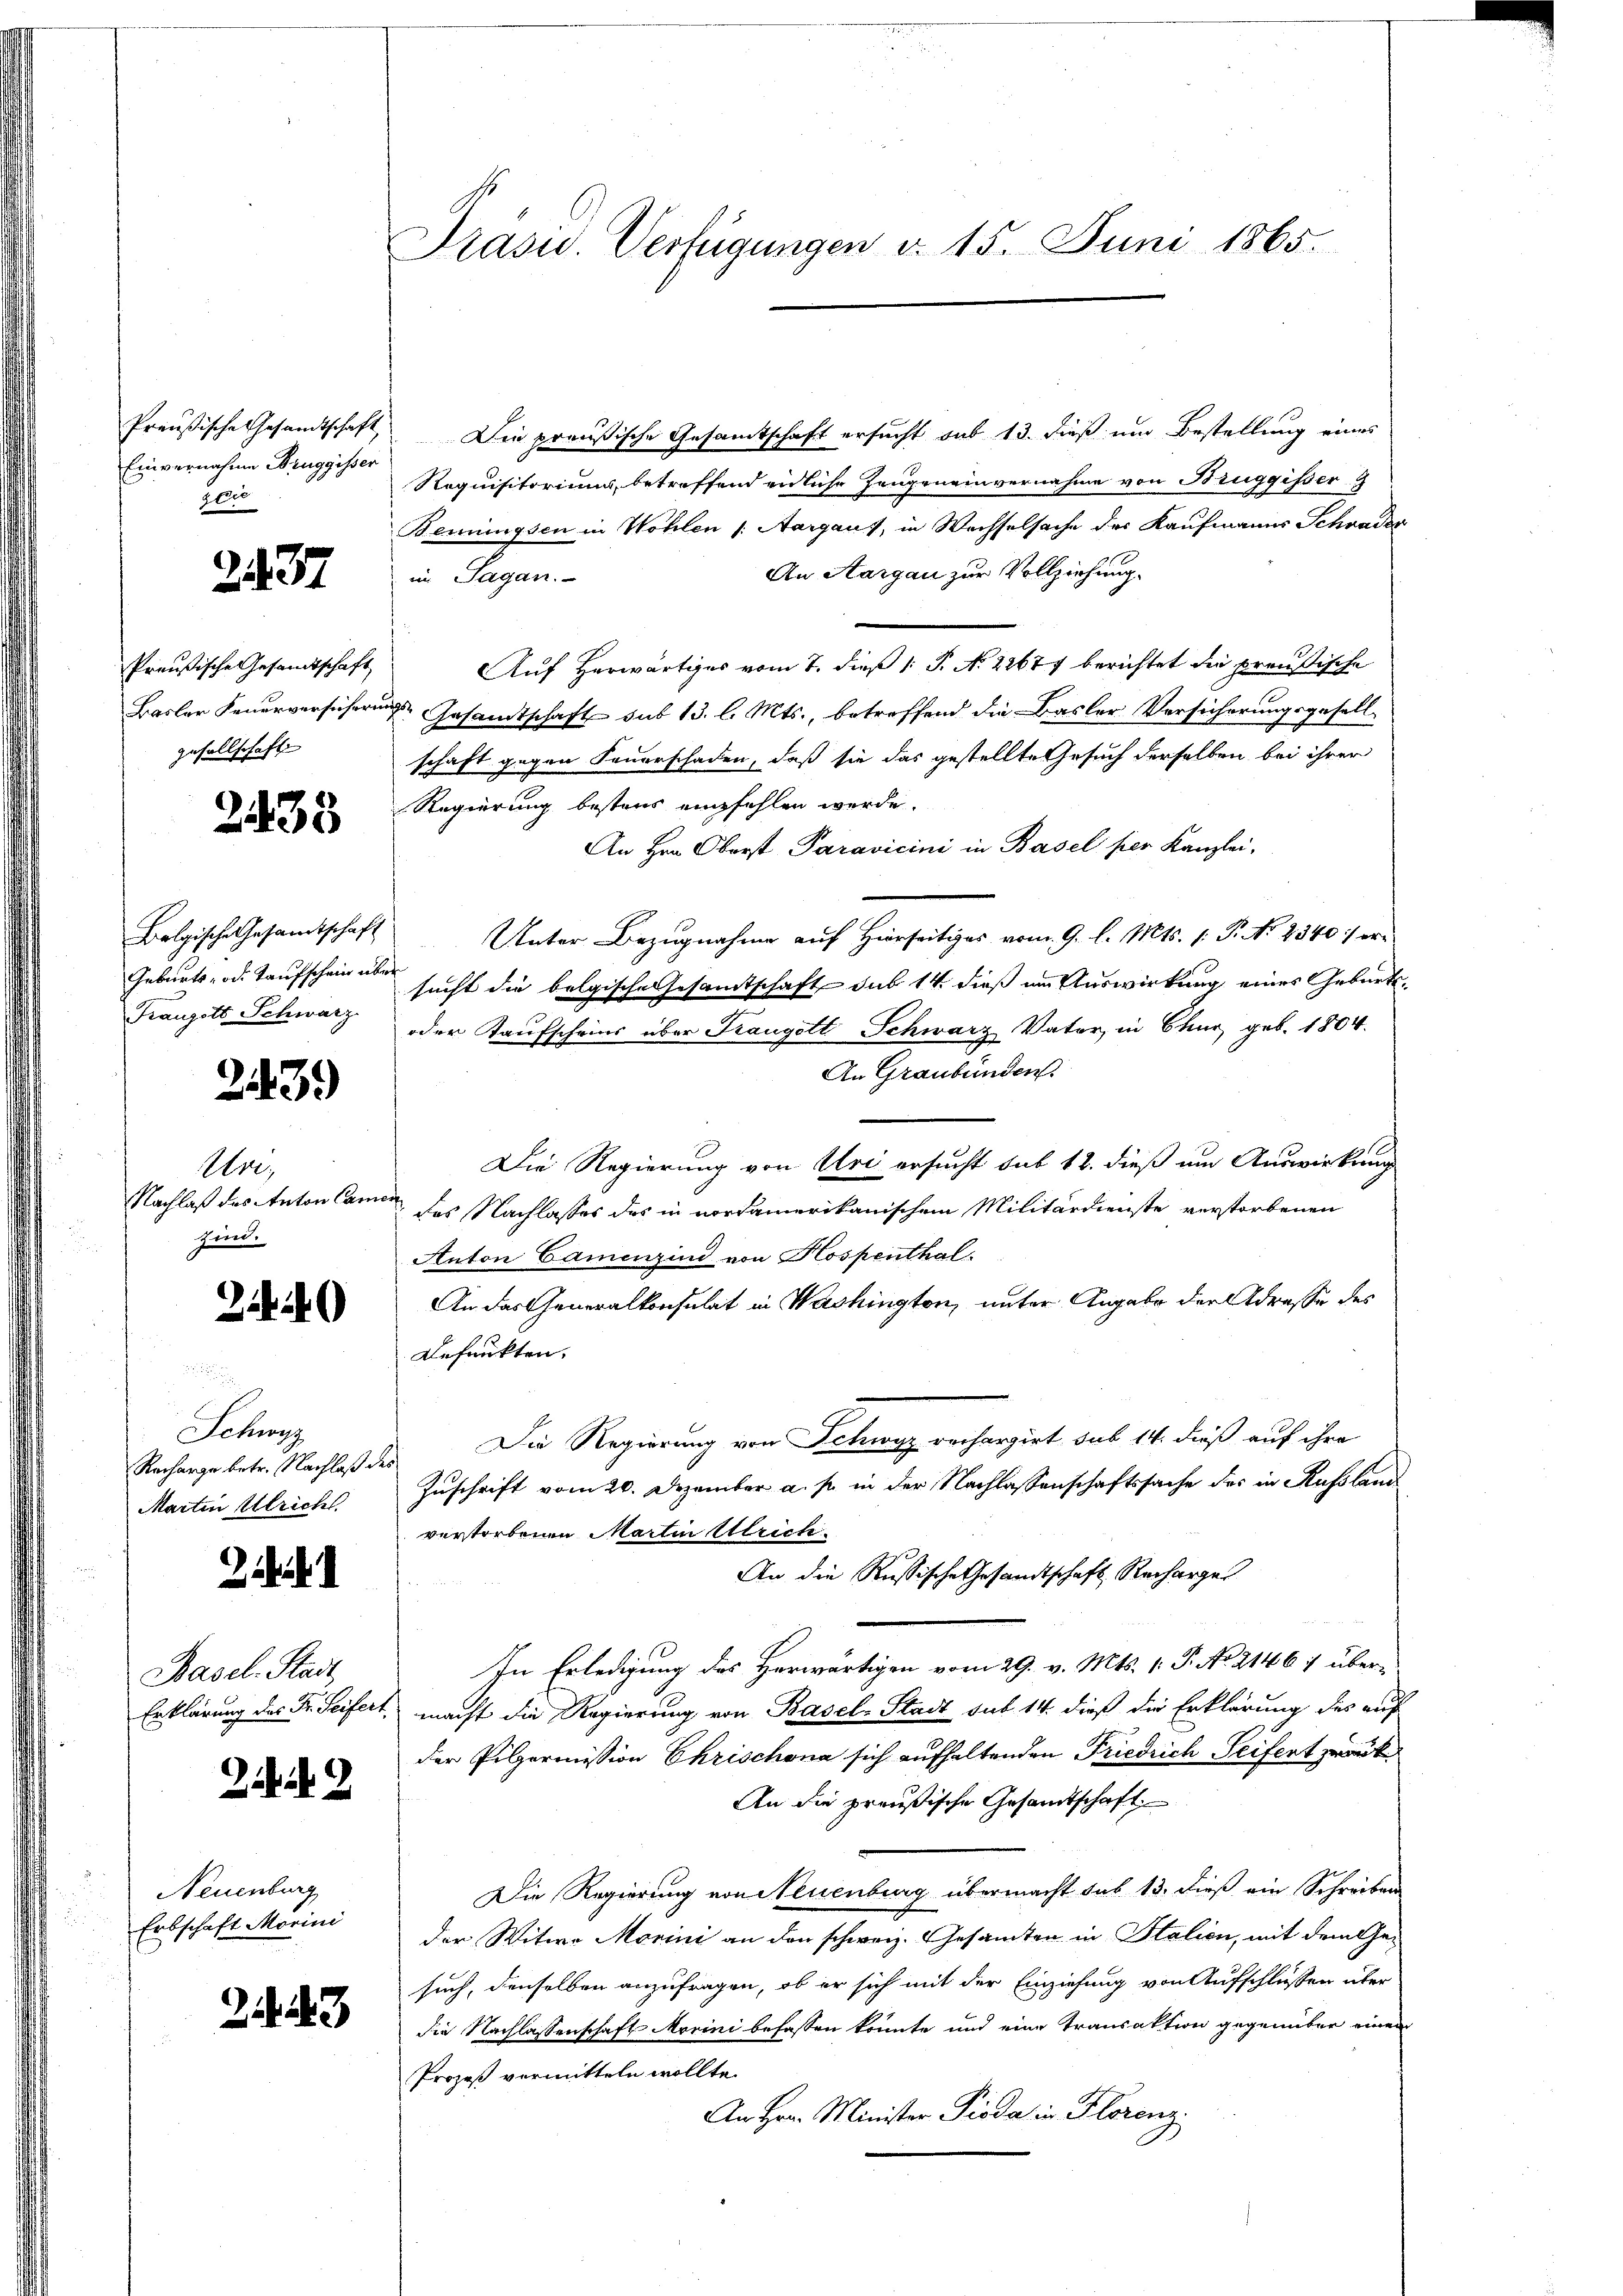
Preußische Gesandtschaft
Einvernahme Bruggisser
200

2437

Preußische Gesandtschaft
Basler Feuerversicheren
gesellschaft

2433

Bolgische Gesandtschaft
Geburts- oder Taufschein über
Franzott Schwarz

2439

Ure,
Nachlaß das Anton Camesind.

249

Schwyz
Recharge betr. Nachlaß des
Martin Ulrichs

d

Basel. Stadt,
Erklärung des Fr. Seifert.

Neuenburg
Erbschaft Morini

3

Prasw. Verfügungen d. 15. Juni 1865.

Die preußische Gesamtschaft ersucht sub 13. dieß um Bestellung eines
Requisitoriums, betreffend eidliche Zeugeneinvernahme von Bruggisser G
Benissen in Wohlen /: Aargaus, in Wechselsache der Kaufmanns Schwader
An Aargau zur Vollziehung.
im Sagan.
Auf Herwärtiges vom 7. dieß 1 S. No. 22677 berichtet die preußische
Dr. Gesandtschaft sub 13. l. Mts., betreffend die Basler Versicherungsgesellschaft gegen Feuerschaden, daß sie das gestellte Gesuch derselben bei ihrer
Regierung bestens empfehlen werde.
An Hrn. Oberst Paravicini in Basel per Kanzlei-
Unter Bezugnahme auf Hierseitiges vom 9. l. Mts. 1. P. No 2340) ersucht die belgische Gesamtschaft sub 14 dieß im Auswirkung eines Geburts¬
oder Kaufscheins über Kraugott, Schwarz Vater, in Chur geb. 1804.
An Graubünden.
Die Regierung von Uri ersucht sub 12. dieß um Auswirkung
des Nachlasses des in nordamerikanischem Militärdienste verstorbenen
Anton Camenzind von Hospenthal
An das Generalkonsulat in Washington, unter Angabe der Adresse des
Befunkten.
Die Regierung von Schwyz rechargirt sub 14. dieß auf ihre
Zuschrift vom 20. Dezember a. s. in der Nachlassenschaftssache des in Russland
verstorbenen Martin Ulrich
An die Russische Gesandtschaft Rechargel
In Erledigung des Herwärtigen vom 29. v. Mts. 1. P. No. 2146) übermacht die Regierung von Basel-Stadt sub 14. dieß die Erklärung des auf
der Pilpermission Chrischona sich aufhaltenden Friedrich Seifert zwanke
An die preußische Gesandtschaft
Die Regierung von Neuenburg übermacht sub 13. dieß ein Schreiben
der Witwe Marini an den schweiz. Gesamten in Italien, mit dem Gesuch, denselben anzufragen, ob er sich mit der Einziehung von Aufschlüssen über
die Nachlassenschaft Morini befassen könnte und eine Transaktion gegenüber einen
Prozeß vermitteln wollte.
An Hrn. Minister Pioda in Florenz